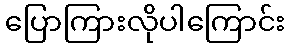
ပြောကြားလိုပါကြောင်း